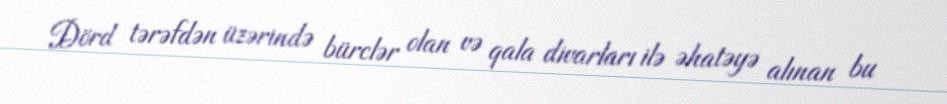
Dörd tərəfdən üzərində bürclər olan və qala divarları ilə əhatəyə alınan bu